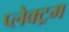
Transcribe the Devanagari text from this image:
प्लेक्ट्रम